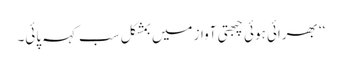
‘‘ بھرائی ہوئی چبھتی آواز میں بمشکل سب کہہ پائی۔